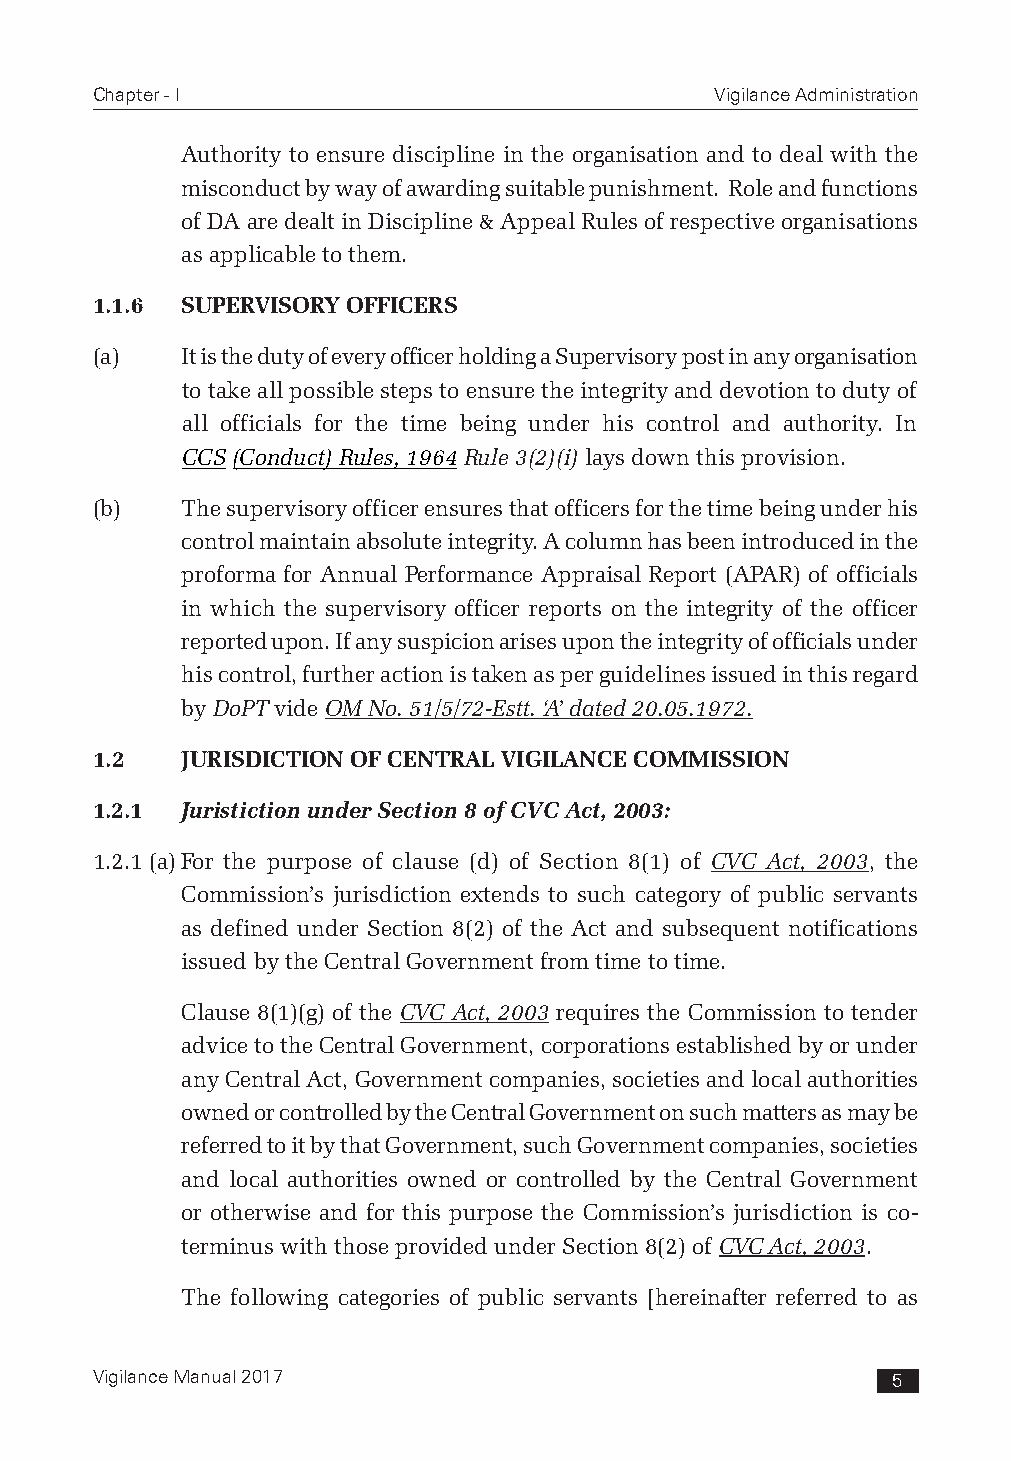
Chapter - I                              Vigilance Administration
 Authority to ensure discipline in the organisation and to deal with the
 misconduct by way of awarding suitable punishment. Role and functions
 of DA are dealt in Discipline & Appeal Rules of respective organisations
 as applicable to them.
 1.1.6 SUPERVISORY OFFICERS
 (a)   It is the duty of every officer holding a Supervisory post in any organisation
 to take all possible steps to ensure the integrity and devotion to duty of
 all officials for the time being under his control and authority. In
 CCS (Conduct) Rules, 1964 Rule 3(2)(i) lays down this provision.
 (b)   The supervisory officer ensures that officers for the time being under his
 control maintain absolute integrity. A column has been introduced in the
 proforma for Annual Performance Appraisal Report (APAR) of officials
 in which the supervisory officer reports on the integrity of the officer
 reported upon. If any suspicion arises upon the integrity of officials under
 his control, further action is taken as per guidelines issued in this regard
 by DoPT vide OM No. 51/5/72-Estt. ‘A’ dated 20.05.1972.
 1.2   JURISDICTION OF CENTRAL VIGILANCE COMMISSION
 1.2.1 Juristiction under Section 8 of CVC Act, 2003:
 1.2.1 (a) For the purpose of clause (d) of Section 8(1) of CVC Act, 2003, the
 Commission’s jurisdiction extends to such category of public servants
 as defined under Section 8(2) of the Act and subsequent notifications
 issued by the Central Government from time to time.
 Clause 8(1)(g) of the CVC Act, 2003 requires the Commission to tender
 advice to the Central Government, corporations established by or under
 any Central Act, Government companies, societies and local authorities
 owned or controlled by the Central Government on such matters as may be
 referred to it by that Government, such Government companies, societies
 and local authorities owned or controlled by the Central Government
 or otherwise and for this purpose the Commission’s jurisdiction is co-
 terminus with those provided under Section 8(2) of CVC Act, 2003.
 The following categories of public servants [hereinafter referred to as
 Vigilance Manual 2017                                5